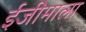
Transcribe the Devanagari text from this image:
ईजीमाला